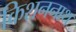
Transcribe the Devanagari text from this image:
किशननाथ